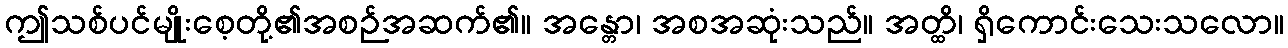
ဤသစ်ပင်မျိုးစေ့တို့၏အစဉ်အဆက်၏။ အန္တော၊ အစအဆုံးသည်။ အတ္ထိ၊ ရှိကောင်းသေးသလော။